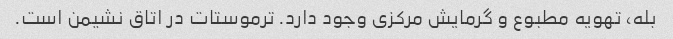
بله، تهویه مطبوع و گرمایش مرکزی وجود دارد. ترموستات در اتاق نشیمن است.